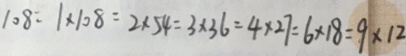
1 0 8 = 1 \times 1 0 8 = 2 \times 5 4 = 3 \times 3 6 = 4 \times 2 7 = 6 \times 1 8 = 9 \times 1 2